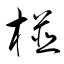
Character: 椪